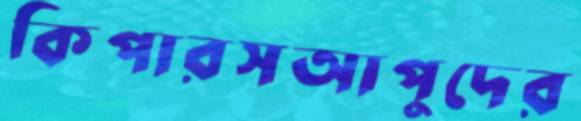
কিপারসআপুদের